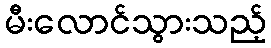
မီးလောင်သွားသည့်